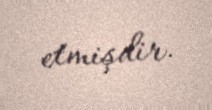
etmişdir.